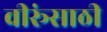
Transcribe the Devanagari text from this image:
वीरूंसाठी